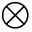
\otimes